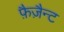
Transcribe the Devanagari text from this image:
फ़ैज़ैन्ट